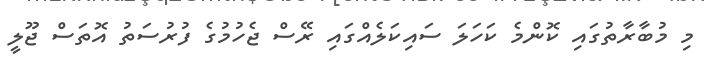
މި މުބާރާތުގައި ކޮންމެ ކަހަލަ ސައިކަލެއްގައި ރޭސް ޖެހުމުގެ ފުރުސަތު އޮތަސް ޖޫލީ